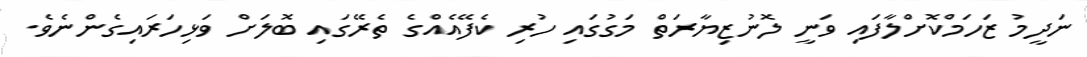
ނަދީމު ޒަހަމްކޮށްލާފައި ވަނީ ލޮނުޒިޔާރަތް މަގުގައި ހުރި ކެފޭއެއްގެ ތެރޭގައި ބޮލަށް ވަޅިހަރައިގެންނެވެ.